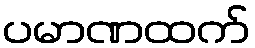
ပမာဏထက်